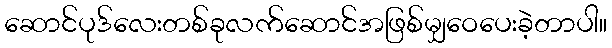
ဆောင်ပုဒ်လေးတစ်ခုလက်ဆောင်အဖြစ်မျှဝေပေးခဲ့တာပါ။